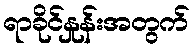
ရာခိုင်နှုန်းအတွက်